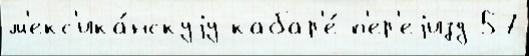
м'екс'ика́нскуjу кабар'е́ п'ер'еjизд 57